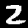
Label: 2